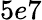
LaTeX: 5e7